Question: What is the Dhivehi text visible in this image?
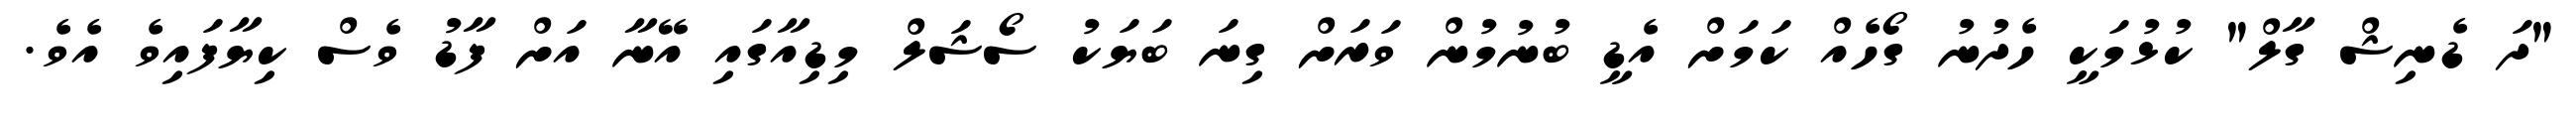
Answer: "ދަ ޑެނިޝް ގާލް" ކުޅުމަކީ ހެދުނު ގޯހެއް ކަމަށް އެޑީ ބުނުމުން ވަރަށް ގިނަ ބަޔަކު ސޯޝަލް މިޑިއާގައި އޭނާ އަށް ފާޑު ވެސް ކިޔާފައިވެ އެވެ.